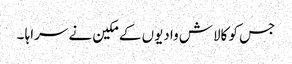
جس کو کالاش وادیوں کے مکین نے سراہا ۔